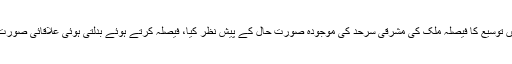
بتایا گیا تھا کہ وزیر اعظم عمران خان نے جنرل قمر باجوہ کی مدت ملازمت میں توسیع کا فیصلہ ملک کی مشرقی سرحد کی موجودہ صورت حال کے پیش نظر کیا، فیصلہ کرتے ہوئے بدلتی ہوئی علاقائی صورت حال، خصوصاً افغانستان اور مقبوضہ کشمیر کے حالات کے تناظرمیں کیا گیا۔